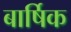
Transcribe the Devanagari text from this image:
बार्षिक